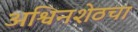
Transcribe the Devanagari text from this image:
अश्विनशेठचा